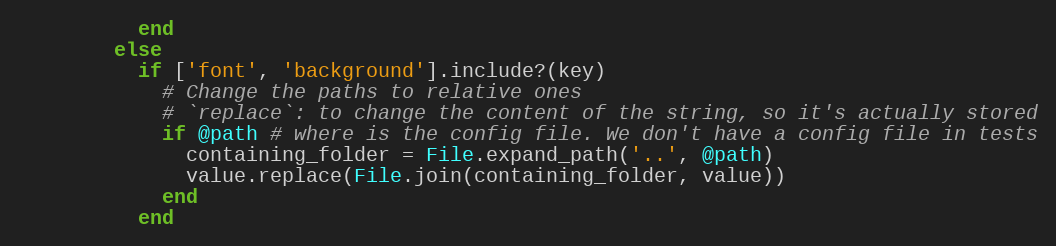
Language: Ruby
          end
        else
          if ['font', 'background'].include?(key)
            # Change the paths to relative ones
            # `replace`: to change the content of the string, so it's actually stored
            if @path # where is the config file. We don't have a config file in tests
              containing_folder = File.expand_path('..', @path)
              value.replace(File.join(containing_folder, value))
            end
          end